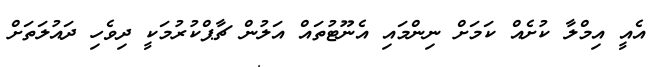
އެއީ އިމްލާ ކުށެއް ކަމަށް ނިންމައި އެނޫޓުތައް އަލުން ޗާޕްކުރުމަކީ ދިވެހި ދައުލަތަށް